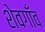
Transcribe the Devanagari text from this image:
शेवगाँव